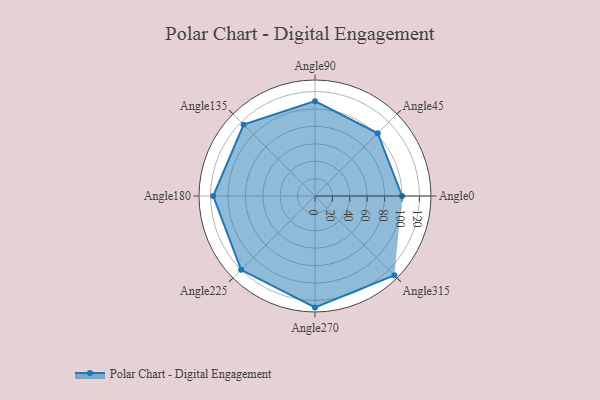
{"axis": {"x": "Angle", "y": "Radius"}, "legend": [""], "data": [{"x": "Angle0", "y": 100.0, "type": ""}, {"x": "Angle45", "y": 102.0, "type": ""}, {"x": "Angle90", "y": 109.0, "type": ""}, {"x": "Angle135", "y": 116.0, "type": ""}, {"x": "Angle180", "y": 117.0, "type": ""}, {"x": "Angle225", "y": 120.0, "type": ""}, {"x": "Angle270", "y": 128.0, "type": ""}, {"x": "Angle315", "y": 129.0, "type": ""}]}